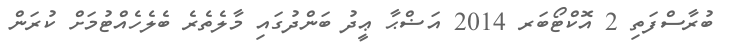
ބުރާސްފަތި 2 އޮކްޓޯބަރ 2014 އަޟްޙާ ޢީދު ބަންދުގައި މާލެތެރެ ބެލެހެއްޓުމަށް ކުރަން